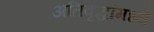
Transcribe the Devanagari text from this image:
अतिवृद्धांमध्ये